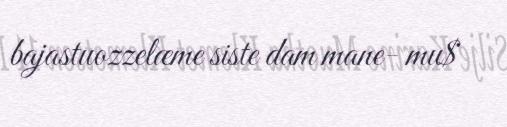
bajastuozzelæme siste dam mane- mu$